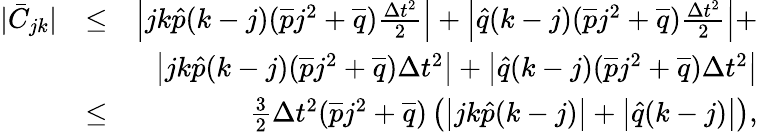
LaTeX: \begin{array}{rlr}{|\bar{C}_{jk}|}&{\leq}&{\left|jk\hat{p}(k-j)(\overline{{p}}j^{2}+\overline{{q}})\frac{\Delta t^{2}}{2}\right|+\left|\hat{q}(k-j)(\overline{{p}}j^{2}+\overline{{q}})\frac{\Delta t^{2}}{2}\right|+}\\ &{}&{\left|jk\hat{p}(k-j)(\overline{{p}}j^{2}+\overline{{q}})\Delta t^{2}\right|+\left|\hat{q}(k-j)(\overline{{p}}j^{2}+\overline{{q}})\Delta t^{2}\right|}\\ &{\leq}&{\frac{3}{2}{\Delta t^{2}}(\overline{{p}}j^{2}+\overline{{q}})\left(\left|jk\hat{p}(k-j)\right|+\left|\hat{q}(k-j)\right|\right),}\end{array}